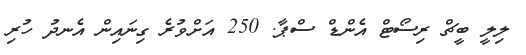
ލިލީ ބީޗް ރިސޯޓް އެންޑް ސްޕާ. 250 އަށްވުރެ ގިނައިން އެނދު ހުރި